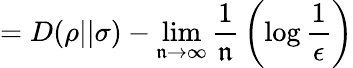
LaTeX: =D(\rho||\sigma)-\operatorname*{lim}_{\mathfrak{n}\rightarrow\infty}{\frac{{1}}{{\mathfrak{n}}}}\left(\log{\frac{{1}}{{\epsilon}}}\right)